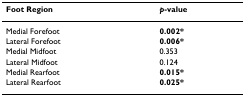
<table><thead><tr><td><b>Foot Region</b></td><td><b><i>p</i>-value</b></td></tr></thead><tbody><tr><td>Medial Forefoot</td><td><b>0.002*</b></td></tr><tr><td>Lateral Forefoot</td><td><b>0.006*</b></td></tr><tr><td>Medial Midfoot</td><td>0.353</td></tr><tr><td>Lateral Midfoot</td><td>0.124</td></tr><tr><td>Medial Rearfoot</td><td><b>0.015*</b></td></tr><tr><td>Lateral Rearfoot</td><td><b>0.025*</b></td></tr></tbody></table>